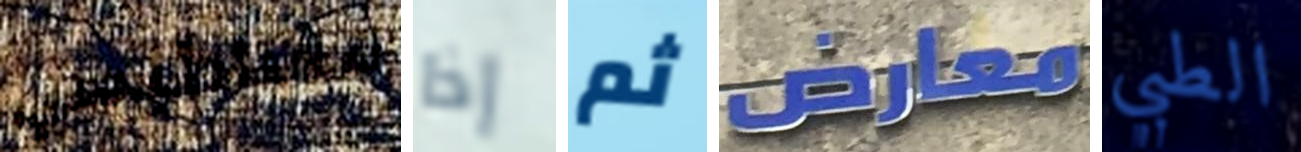
مغناطيسي إذا ثم معارض الطبي